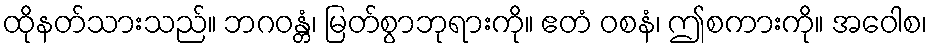
ထိုနတ်သားသည်။ ဘဂဝန္တံ၊ မြတ်စွာဘုရားကို။ ဧတံ ဝစနံ၊ ဤစကားကို။ အဝေါစ၊